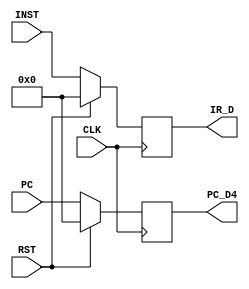
module IF_ID(INST, PC, IR_D, PC_D4, CLK, RST);

    input CLK;
    input RST;
    input [31:0] INST;
    input [31:0] PC;
    output reg [31:0] IR_D;
    output reg [31:0] PC_D4;

always @(posedge CLK) begin
    if(RST) begin
        IR_D <= 0;
        PC_D4 <= 0;
    end else begin
     IR_D <= INST;
     PC_D4 <= PC;
    end
end



endmodule